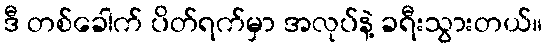
ဒီ တစ်ခေါက် ပိတ်ရက်မှာ အလုပ်နဲ့ ခရီးသွားတယ်။